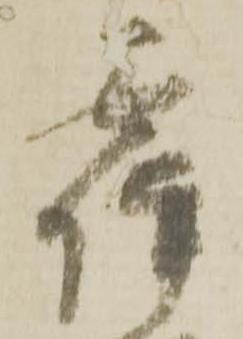
霍